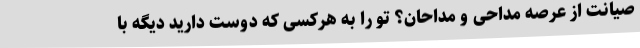
صیانت از عرصه مداحی و مداحان؟ تو را به هرکسی که دوست دارید دیگه با